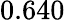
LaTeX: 0.640